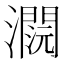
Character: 𤂕